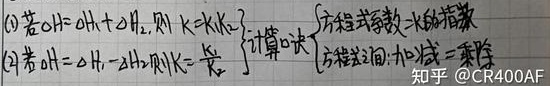
\textcircled{1}若\(OH^- = OH\cdot + \cdot H_{2}\)，则\(K = K_{a}K_{a2}\) 。计算口诀：方程式等效 - 水的指数。
\textcircled{2}若\(OH^- = OH\cdot - 2H\cdot\)，则\(K = \frac{K_{a}}{K_{a1}}\) 。计算口诀：方程式之间：加和减 = 乘除 。